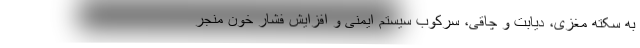
به سکته مغزی، دیابت و چاقی، سرکوب سیستم ایمنی و افزایش فشار خون منجر